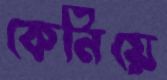
কেনিয়ে